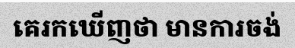
គេរកឃើញថា មានការចង់